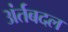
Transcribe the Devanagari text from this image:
अंर्तबदल